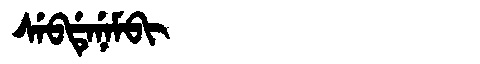
Manchu: ᠰᡝᠪᡩᡝᠨᡝᠮᠪᡳ
Romanization: SEBDENEMBI